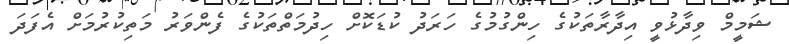
ޝަމީމް ވިދާޅުވީ އިދާރާތަކުގެ ހިންގުމުގެ ހަރަދު ކުޑަކޮށް ހިދުމަތްތަކުގެ ފެންވަރު މަތިކުރުމަށް އެފަދަ